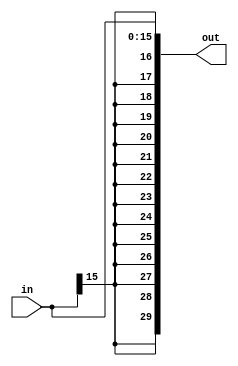
module signext16_30(out, in);
    output [29:0] out;
    input [15:0] in;
    wire [13:0] sign14;
    wire s;
    assign s = in[15];
    assign sign14 = {s, s, s, s, s, s, s, s, s, s, s, s, s, s};
    assign out = {sign14, in};
endmodule

module signext16_32(out, in);
    output [31:0] out;
    input [15:0] in;
    wire [15:0] sign16;
    wire s;
    assign s = in[15];
    assign sign16 = {s, s, s, s, s, s, s, s, s, s, s, s, s, s, s, s};
    assign out = {sign16, in};
endmodule